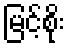
မြင့်စိုး